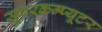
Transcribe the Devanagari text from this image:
सूपरकम्प्यूटर